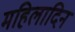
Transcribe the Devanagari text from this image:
महिलादिन